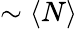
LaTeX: \sim\langle N\rangle